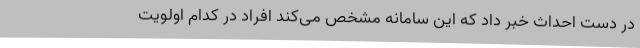
در دست احداث خبر داد که این سامانه مشخص می‌کند افراد در کدام اولویت